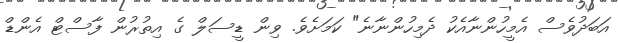
އަބަދުވެސް އެމީހުންނާއެކު ދެމިހުންނާނެ" ކަމަށެވެ. ވިން ޑީސަލް ގެ އިތުރުން ފާސްޓް އެންޑް